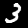
Label: 3